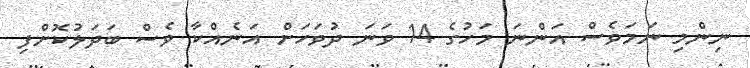
ނިންމި ނަމަވެސް އަންނަ މަހުގެ 14 ވަނަ ދުވަހަށް އަނެއްކާ ވެސް ބަދަލުކޮށްފި